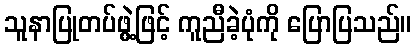
သူနာပြုတပ်ဖွဲ့ဖြင့် ကူညီခဲ့ပုံကို ပြောပြသည်။